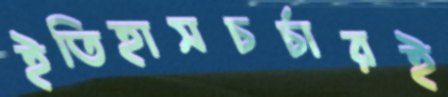
ইতিহাসচর্চারই